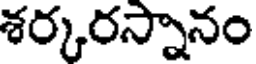
శర్కరస్నానం